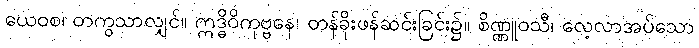
ယေဝစ၊ တကွသာလျှင်။ ဣဒ္ဓိဝိကုဗ္ဗနေ၊ တန်ခိုးဖန်ဆင်းခြင်း၌။ စိဏ္ဏူဝသီ၊ လေ့လာအပ်သော